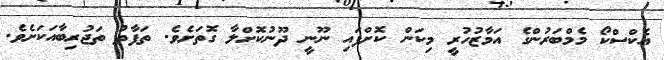
އެކްސްކޯ މެމްބަރުންގެ އަމާޒުހުރީ މިކަން ކޮށްފައި ނޫނީ ދޫނުކޮށްލާ ގޮތަށެވެ. ތަފާތު ތަޖުރިބާއަކަށެވެ.